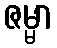
ဇမ္မာ